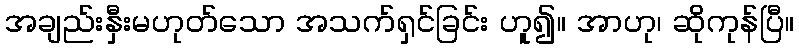
အချည်းနှီးမဟုတ်သော အသက်ရှင်ခြင်း ဟူ၍။ အာဟု၊ ဆိုကုန်ပြီ။